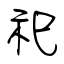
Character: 祀